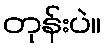
တုန်းပဲ။